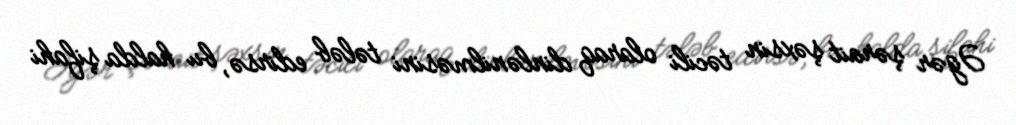
Əgər şərait şəxsin təcili olaraq dinlənilməsini tələb edirsə, bu halda şifahi